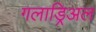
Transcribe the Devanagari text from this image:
गलाड्रिअल